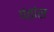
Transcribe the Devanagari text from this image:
पंतांस